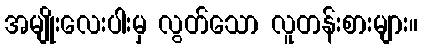
အမျိုးလေးပါးမှ လွတ်သော လူတန်းစားများ။